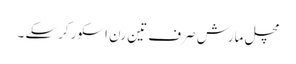
مچل مارش صرف تین رن اسکور کرسکے ۔